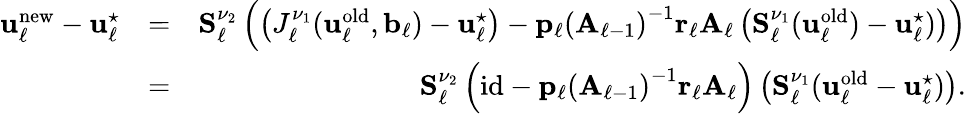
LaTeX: \begin{array}{rlr}{\boldsymbol{\mathbf{u}}_{\ell}^{\mathrm{new}}-\boldsymbol{\mathbf{u}}_{\ell}^{\star}}&{=}&{\boldsymbol{\mathbf{S}}_{\ell}^{\nu_{2}}\left(\left(J_{\ell}^{\nu_{1}}(\boldsymbol{\mathbf{u}}_{\ell}^{\mathrm{old}},\boldsymbol{\mathbf{b}}_{\ell})-\boldsymbol{\mathbf{u}}_{\ell}^{\star}\right)-\boldsymbol{\mathbf{p}}_{\ell}\left(\boldsymbol{\mathbf{A}}_{\ell-1}\right)^{-1}\boldsymbol{\mathbf{r}}_{\ell}\boldsymbol{\mathbf{A}}_{\ell}\left(\boldsymbol{\mathbf{S}}_{\ell}^{\nu_{1}}(\boldsymbol{\mathbf{u}}_{\ell}^{\mathrm{old}})-\boldsymbol{\mathbf{u}}_{\ell}^{\star})\right)\right)}\\ &{=}&{\boldsymbol{\mathbf{S}}_{\ell}^{\nu_{2}}\left(\mathrm{id}-\boldsymbol{\mathbf{p}}_{\ell}\left(\boldsymbol{\mathbf{A}}_{\ell-1}\right)^{-1}\boldsymbol{\mathbf{r}}_{\ell}\boldsymbol{\mathbf{A}}_{\ell}\right)\left(\boldsymbol{\mathbf{S}}_{\ell}^{\nu_{1}}(\boldsymbol{\mathbf{u}}_{\ell}^{\mathrm{old}}-\boldsymbol{\mathbf{u}}_{\ell}^{\star})\right).}\end{array}